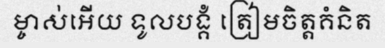
ម្ចាស់អើយ ទូលបង្គំ ត្រៀមចិត្តគំនិត